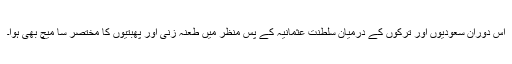
اس دوران سعودیوں اور ترکوں کے درمیان سلطنت عثمانیہ کے پس منظر میں طعنہ زنی اور پھبتیوں کا مختصر سا میچ بھی ہوا۔